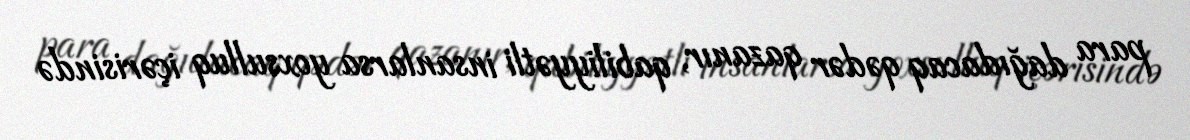
para dağıdacaq qədər qazanır, qabiliyyətli insanlarsa yoxsulluq içərisində